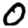
Digit: 0